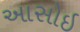
આસોઇ